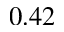
0 . 4 2